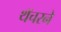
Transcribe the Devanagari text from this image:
थॅचरने